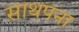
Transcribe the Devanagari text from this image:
साथपना